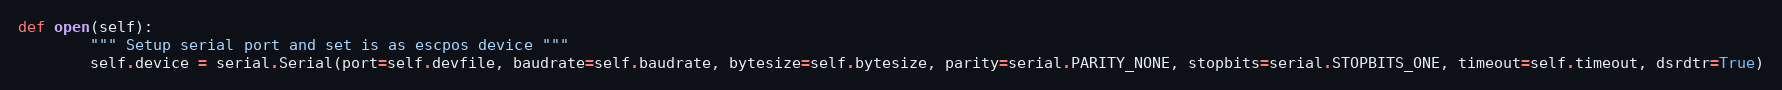
Language: Python
def open(self):
        """ Setup serial port and set is as escpos device """
        self.device = serial.Serial(port=self.devfile, baudrate=self.baudrate, bytesize=self.bytesize, parity=serial.PARITY_NONE, stopbits=serial.STOPBITS_ONE, timeout=self.timeout, dsrdtr=True)